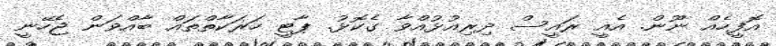
އޮފީހެއް ނޫން. އެއީ ރައީސް ދިރިއުޅުއްވާ ގެކޮޅު. ޕާޓީ ހަރަކާތްތައް ބާއްވަން ޖެހޭނީ